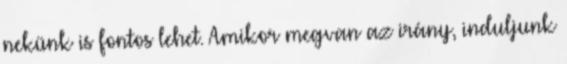
nekünk is fontos lehet. Amikor megvan az irány, induljunk